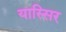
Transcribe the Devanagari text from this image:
यास्सिर